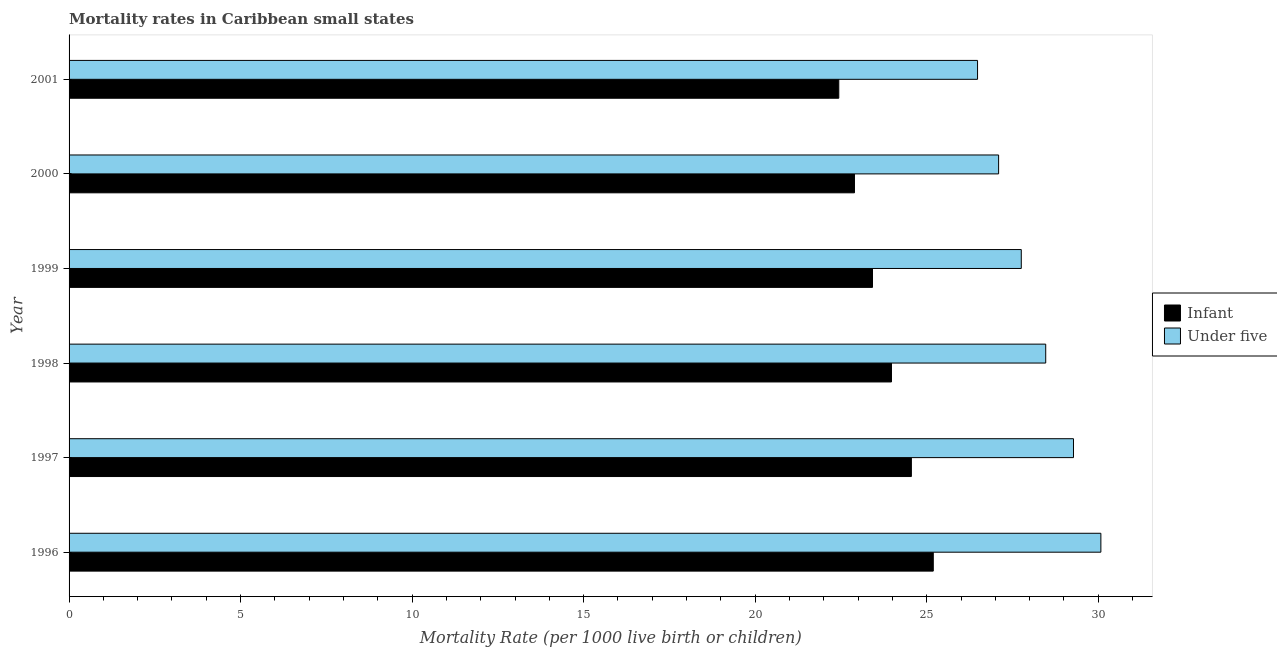
| Year | Infant | Under five |
 | --- | --- | --- |
 | 1996 | 25.2 | 30.1 |
 | 1997 | 24.6 | 29.3 |
 | 1998 | 24 | 28.5 |
 | 1999 | 23.4 | 27.8 |
 | 2000 | 22.9 | 27.1 |
 | 2001 | 22.4 | 26.5 |